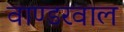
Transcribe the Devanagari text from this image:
वाण्डरवाल